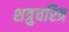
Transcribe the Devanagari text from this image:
शत्रुचरित्र